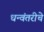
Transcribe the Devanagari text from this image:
धन्वंतरीचे